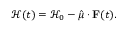
\mathcal { H } ( t ) = \mathcal { H } _ { 0 } - \hat { \mu } \cdot \mathbf { F } ( t ) .